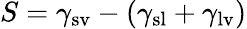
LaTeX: S=\gamma_{\mathrm{{sv}}}-\left(\gamma_{\mathrm{{sl}}}+\gamma_{\mathrm{{lv}}}\right)